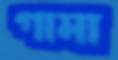
গামা